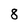
Character: 8